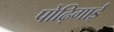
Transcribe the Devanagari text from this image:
पोढ़िगाई